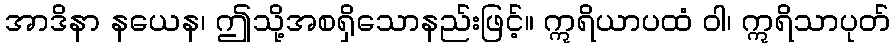
အာဒိနာ နယေန၊ ဤသို့အစရှိသောနည်းဖြင့်။ ဣရိယာပထံ ဝါ၊ ဣရိသာပုတ်